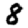
Digit: 8